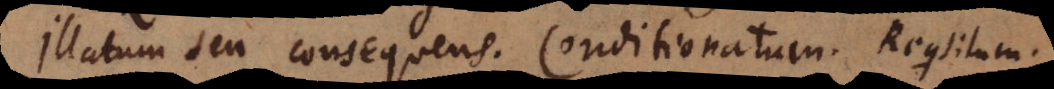
Illatum seu consequens. Conditionatum. Requisitum